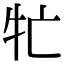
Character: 牤